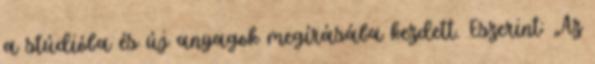
a stúdióba és új anyagok megírásába kezdett. Eszerint: „Az